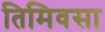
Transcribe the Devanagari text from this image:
तिमिवसा